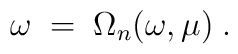
\omega \;=\; \Omega_n(\omega, \mu)\;.